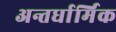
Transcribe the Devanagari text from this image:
अन्तर्धार्मिक